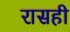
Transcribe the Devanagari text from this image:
रासही